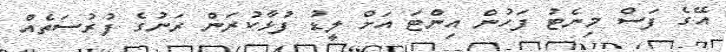
އޭގެ ފަސް މިނެޓު ފަހުން އިންޓަ އަށް ލީޑު ފުޅާކުރަން ރަނުގެ ފުރުސަތެއް